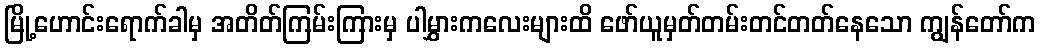
မြို့ဟောင်းရောက်ခါမှ အတိတ်ကြမ်းကြားမှ ပါမွှားကလေးများထိ ဖော်ယူမှတ်တမ်းတင်တတ်နေသော ကျွန်တော်က